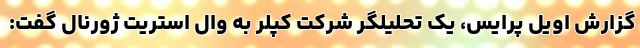
گزارش اویل پرایس، یک تحلیلگر شرکت کپلر به وال استریت ژورنال گفت: